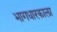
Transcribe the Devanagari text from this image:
भागधारकाला